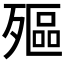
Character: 𣩛